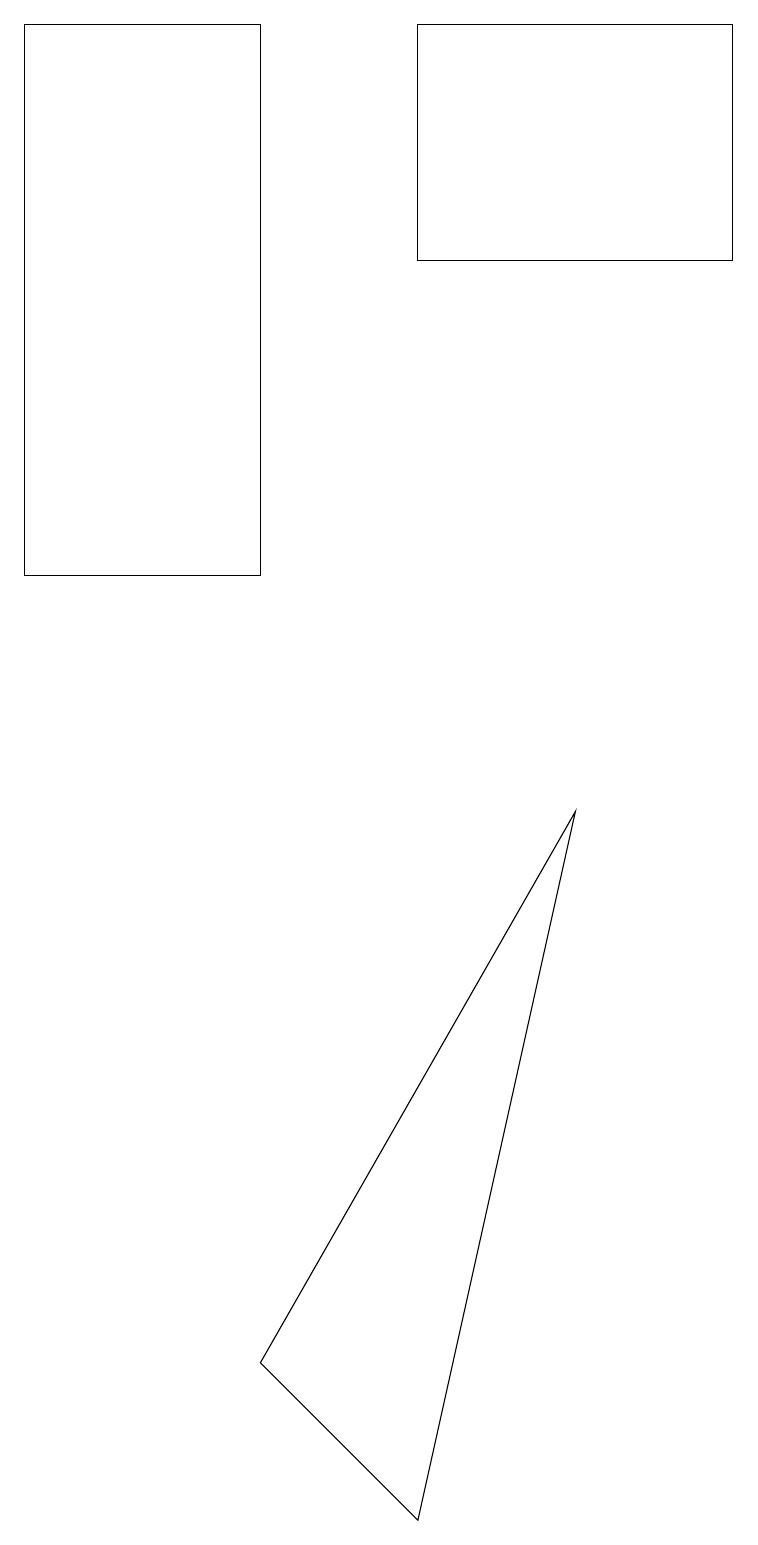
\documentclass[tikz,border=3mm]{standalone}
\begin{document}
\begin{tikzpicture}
\draw (7,9) -- (5,0) -- (3,2) -- cycle;
\draw (3,12) rectangle (0,19);
\draw (5,16) rectangle (9,19);
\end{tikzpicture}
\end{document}